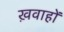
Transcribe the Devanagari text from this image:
ख़वाहों